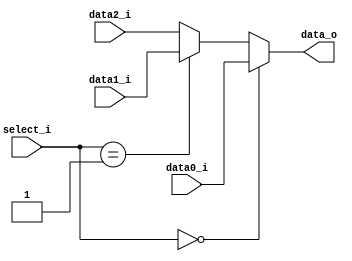
/***************************************************
Student Name:  
Student ID:  0716080 0716203
***************************************************/

`timescale 1ns/1ps

module MUX_3to1(
	input  [31:0] data0_i,
	input  [31:0] data1_i,
	input  [31:0] data2_i,
	input  [ 1:0] select_i,
	output reg[31:0] data_o
    );

/* Write your code HERE */

always @(select_i,data0_i,data1_i) begin
	if(select_i == 2'b00)
		data_o <= data0_i;
	else if(select_i == 2'b01)
		data_o <= data1_i;
	else
		data_o <= data2_i;
end

endmodule